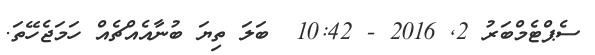
ސެޕްޓެމްބަރު 2